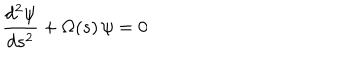
LaTeX: { \frac { d ^ { 2 } \psi } { d s ^ { 2 } } } + \Omega ( s ) \, \psi = 0